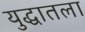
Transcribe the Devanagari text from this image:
युद्धातला